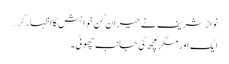
نواز شریف نے حیران کن خواہش کا اظہار کر…
ایک اور مگر مچھ کی جانب چھوٹی۔